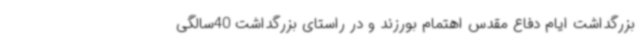
بزرگداشت ایام دفاع مقدس اهتمام بورزند و در راستای بزرگداشت 40سالگی